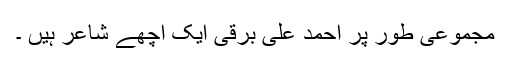
مجموعی طور پر احمد علی برقی ایک اچھے شاعر ہیں ۔